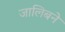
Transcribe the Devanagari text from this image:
जालिबने